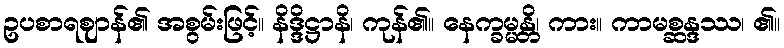
ဥပစာရဈာန်၏ အစွမ်းဖြင့်။ နိဒ္ဒိဋ္ဌာနိ၊ ကုန်၏။ နေက္ခမ္မန္တိ၊ ကား။ ကာမစ္ဆန္ဒဿ၊ ၏။